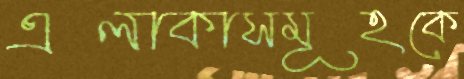
এলাকাসমূহকে